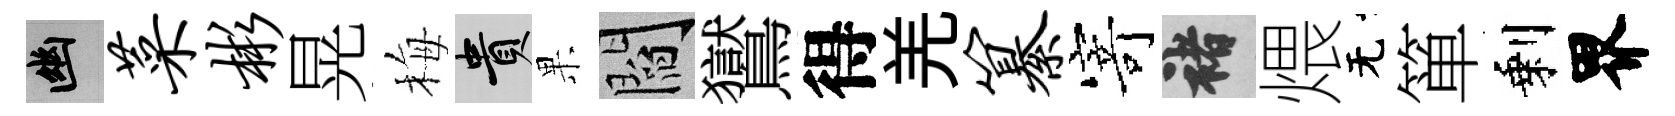
幽菜彬晃梅貴果閻鸑得羌纂𭔃褚煨无箪剩界